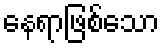
နေရာဖြစ်သော